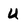
Character: U